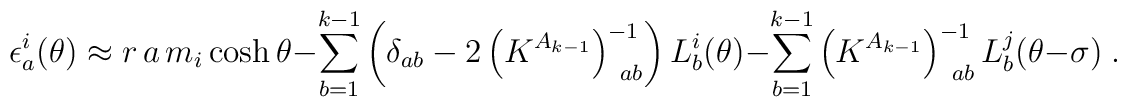
\epsilon _{a}^{i}(\theta )\approx r\,a\,m_{i}\cosh \theta-\sum_{b=1}^{k-1}\left( \delta _{ab}-2\left( K^{A_{k-1}}\right)_{\,\,\,ab}^{-1}\right) L_{b}^{i}(\theta )-\sum_{b=1}^{k-1}\left( K^{A_{k-1}}\right)_{\,\,\,ab}^{-1}L_{b}^{j}(\theta -\sigma )\;.